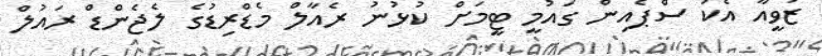
ޒަވީއާ އެކު ސްޕެއިން ގައުމީ ޓީމަށް ކުޅުނު ރެއާލް މެޑްރިޑުގެ ލެޖެންޑް ރައުލް